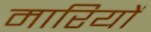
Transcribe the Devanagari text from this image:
मारियों